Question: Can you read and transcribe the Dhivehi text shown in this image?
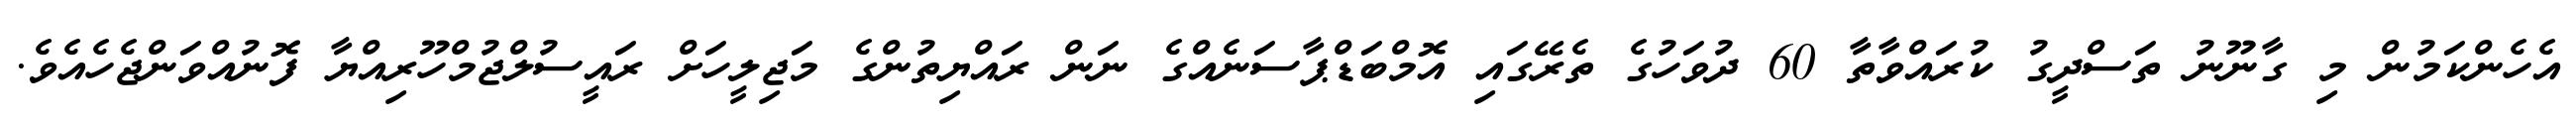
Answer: އެހެންކަމުން މި ގާނޫނު ތަސްދީގު ކުރައްވާތާ 60 ދުވަހުގެ ތެރޭގައި އޮމްބަޑްޕާސަނެއްގެ ނަން ރައްޔިތުންގެ މަޖިލީހަށް ރައީސުލްޖުމްހޫރިއްޔާ ފޮނުއްވަންޖެހެއެވެ.